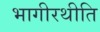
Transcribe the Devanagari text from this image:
भागीरथीति